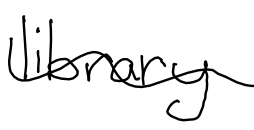
Text: library
Cross-out: wave
Writing tool: digital_black